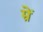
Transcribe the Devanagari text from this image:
म्रें